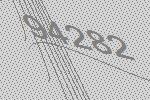
94282